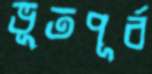
ভূতপূর্ব